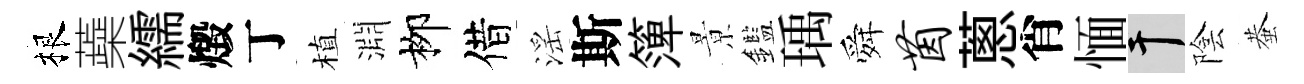
根蘃繻燬丁植淵栁借滛斯𥱼㬌鑑瑀舜茵蔥肖愐干陰蛬